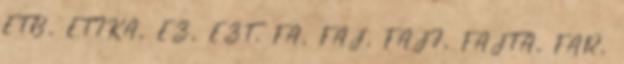
ETB, ETIKA, EZ, EZT, FA, FAJ, FAJI, FAJTA, FAR,